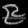
Digit: ၉